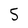
Character: 5